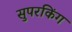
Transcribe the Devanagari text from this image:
सुपरकिंग